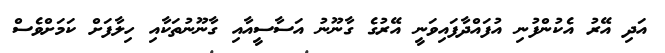
އަދި އޭރު އެކުންފުނި އުފައްދާފައިވަނީ އޭރުގެ ގާނޫނު އަސާސީއާއި ގާނޫނުތަކާއި ހިލާފަށް ކަމަށްވެސް